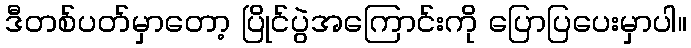
ဒီတစ်ပတ်မှာတော့ ပြိုင်ပွဲအကြောင်းကို ပြောပြပေးမှာပါ။